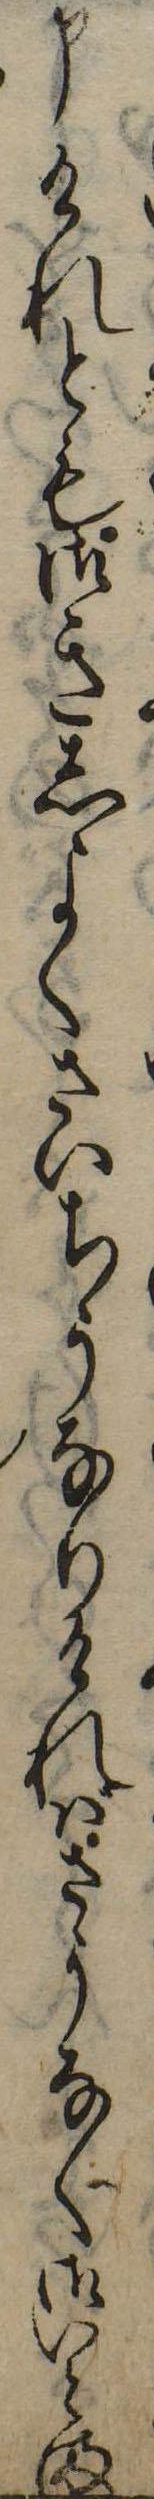
申けれとも御きしよくさいちうなりければさうなく御いとま